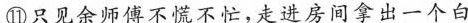
⑪见余师傅不慌不忙，走进房间豪出一个白